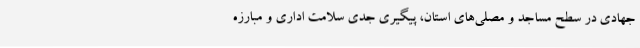
جهادی در سطح مساجد و مصلی‌های استان، پیگیری جدی سلامت اداری و مبارزه